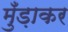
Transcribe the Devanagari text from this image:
मुँड़ाकर